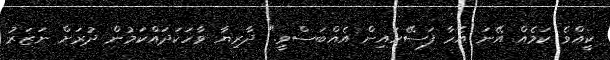
ކީއްވެ ކަމެއް އޭނަ އެހާ ފަސޭހައިން އެއްބަސްވީ." ދާރިޔާ ވާހަކަދައްކަމުން ދުރަށް ނަޒަރު